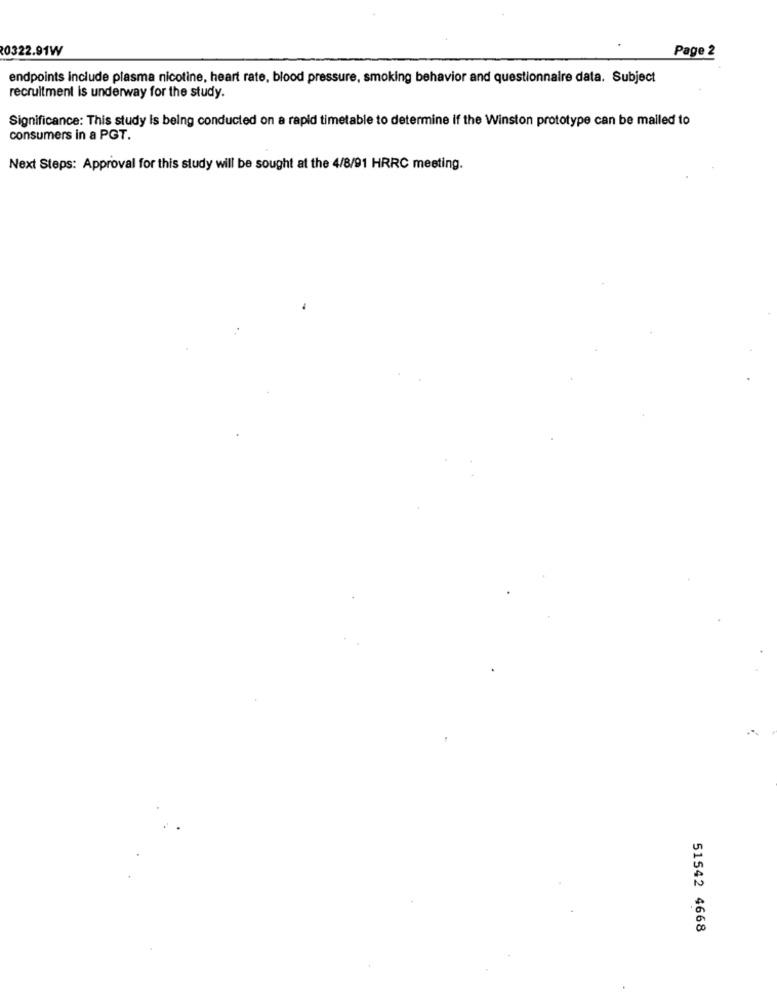
0322.91W
Page 2
endpoints include plasma nicotine, heart rate, blood pressure, smoking behavior and questionnaire data. Subject
recruitment is underway for the study.
Significance: This study is being conducted on a rapid timetable to determine if the Winston prototype can be mailed to
consumers in a PGT.
Next Steps: Approval for this study will be sought at the 4/8/91 HRRC meeting.
51542 4668